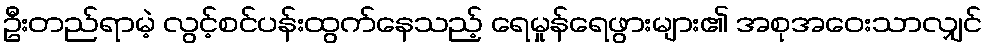
ဦးတည်ရာမဲ့ လွင့်စင်ပန်းထွက်နေသည့် ရေမှုန်ရေဖွားများ၏ အစုအဝေးသာလျှင်